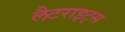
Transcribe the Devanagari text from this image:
लैटराइट्स